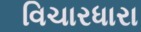
વિચારધારા